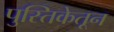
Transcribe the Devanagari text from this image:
पुस्तिकेतून